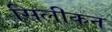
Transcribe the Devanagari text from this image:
सिलीकन